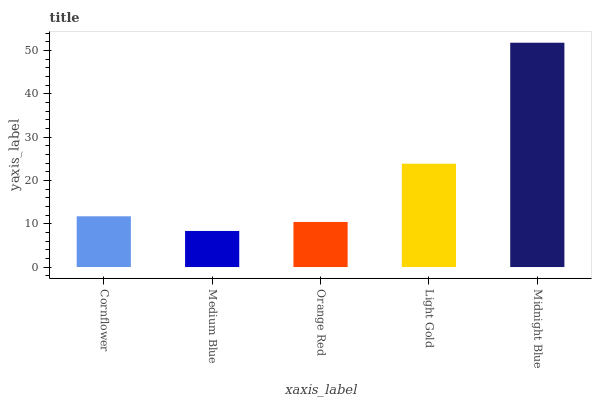
| xaxis_label | bars |
 | --- | --- |
 | Cornflower | 11.7 |
 | Medium Blue | 8.34 |
 | Orange Red | 10.4 |
 | Light Gold | 23.9 |
 | Midnight Blue | 51.8 |